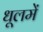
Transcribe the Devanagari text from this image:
धूलमें